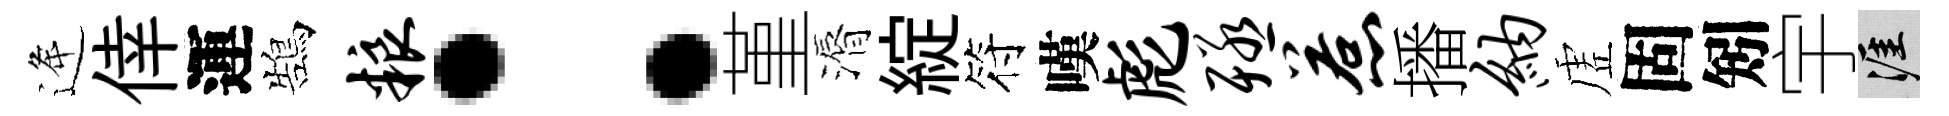
逄倖運鵠粮：堇漘綻符嘆彪殛惹播纳虗固矧宇涯